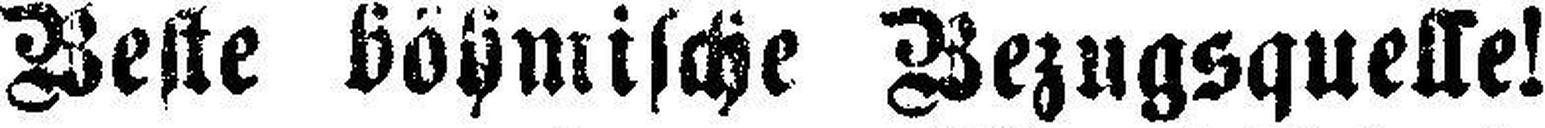
Beste böhmische Bezugsquelle!